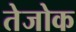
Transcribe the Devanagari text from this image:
तेजोक